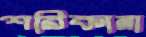
শরিকানা